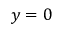
y = 0